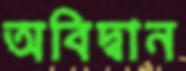
অবিদ্বান